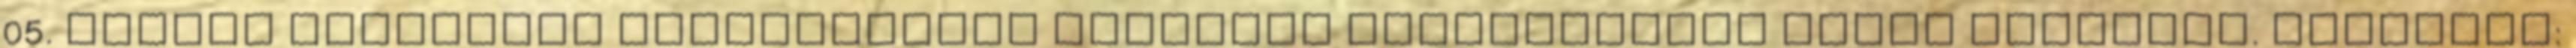
05. napján közzétett javításokkal egységes szerkezetben kerül kiadásra. Hatályos: